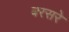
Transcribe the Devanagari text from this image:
बरसरे